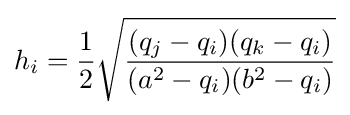
h_{i}={\frac {1}{2}}{\sqrt {\frac {(q_{j}-q_{i})(q_{k}-q_{i})}{(a^{2}-q_{i})(b^{2}-q_{i})}}}